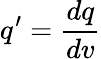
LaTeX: q^{\prime}=\frac{dq}{dv}